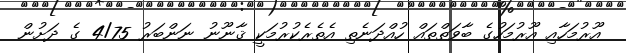
އޫރުމަހާއި އޫރުމަހުގެ ބާވަތްތައް ހުއްދަނެތި އެތެރެކުރުމަކީ ޤާނޫނު ނަންބަރު 4/75 ގެ ދަށުން